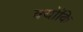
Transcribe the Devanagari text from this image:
क्‍योंकि